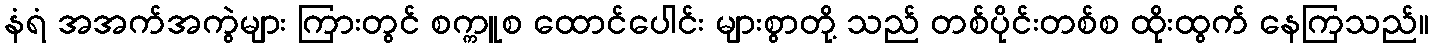
နံရံ အအက်အကွဲများ ကြားတွင် စက္ကူစ ထောင်ပေါင်း များစွာတို့ သည် တစ်ပိုင်းတစ်စ ထိုးထွက် နေကြသည်။